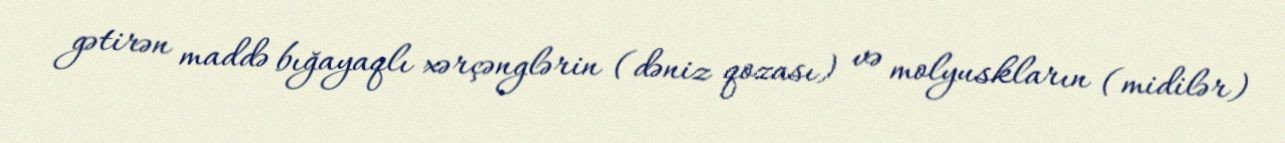
gətirən maddə bığayaqlı xərçənglərin (dəniz qozası) və molyuskların (midilər)